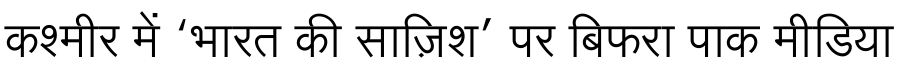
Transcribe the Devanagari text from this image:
कश्मीर में ‘भारत की साज़िश’ पर बिफरा पाक मीडिया